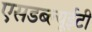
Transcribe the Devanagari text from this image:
एसडब्ल्यूईटी